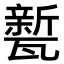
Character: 𭺦